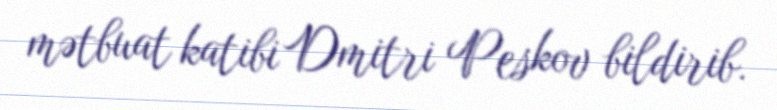
mətbuat katibi Dmitri Peskov bildirib.